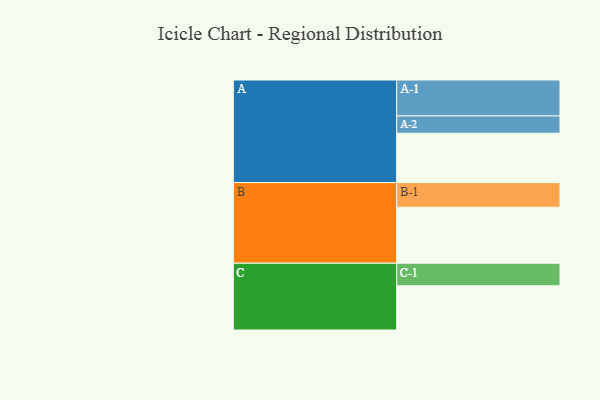
{"axis": {"x": "Segment", "y": "Value"}, "legend": ["", "A", "B", "C"], "data": [{"x": "A", "y": 405, "type": ""}, {"x": "B", "y": 460, "type": ""}, {"x": "C", "y": 363, "type": ""}, {"x": "A-1", "y": 295, "type": "A"}, {"x": "A-2", "y": 142, "type": "A"}, {"x": "B-1", "y": 202, "type": "B"}, {"x": "C-1", "y": 185, "type": "C"}]}